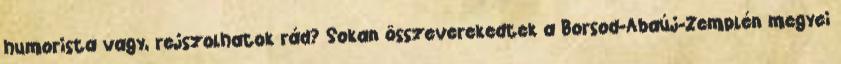
humorista vagy, rejszolhatok rád? Sokan összeverekedtek a Borsod-Abaúj-Zemplén megyei